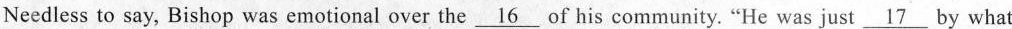
Needless to say, Bishop was emotional over the\underline{16} of his community.“He was just\underline{17} by what